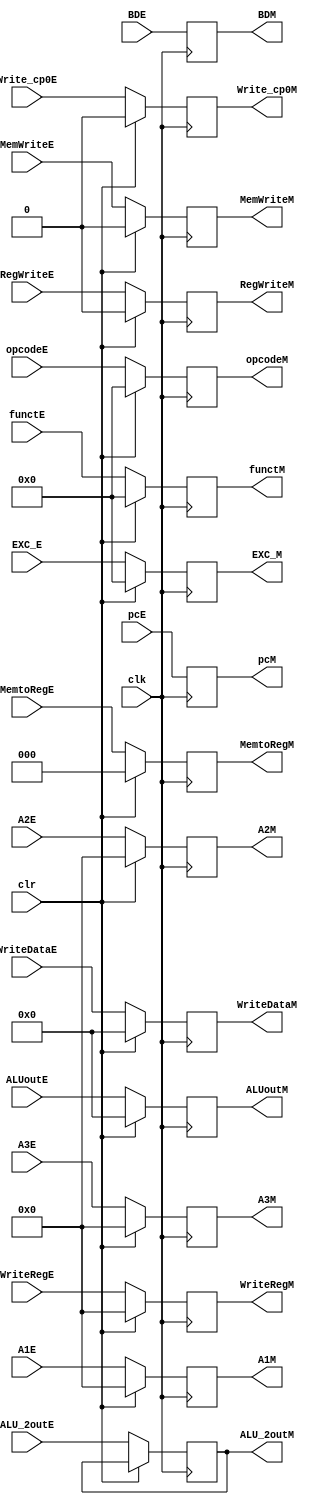
`timescale 1ns / 1ps
//////////////////////////////////////////////////////////////////////////////////
// Company: 
// Engineer: 
// 
// Design Name: 
// Module Name:    MReg 
// Project Name: 
// Target Devices: 
// Tool versions: 
// Description: 
//
// Dependencies: 
//
// Revision: 
// Revision 0.01 - File Created
// Additional Comments: 
//
//////////////////////////////////////////////////////////////////////////////////
module MReg(clk,WriteDataE,WriteRegE,MemtoRegE,RegWriteE,MemWriteE,opcodeE,functE,pcE,ALUoutE,A2E,ALU_2outE,
				WriteDataM,WriteRegM,MemtoRegM,RegWriteM,MemWriteM,opcodeM,functM,pcM,ALUoutM,A2M,ALU_2outM,EXC_E,EXC_M,
				Write_cp0E,Write_cp0M,A3E,A3M,clr,A1E,A1M,BDE,BDM);
		input clk;
		input [4:0]A2E;
		input [31:0] WriteDataE;
		input [4:0] WriteRegE;
		input [2:0] MemtoRegE;
		input RegWriteE,MemWriteE;
		input [5:0] opcodeE,functE;
		input [31:0] pcE;
		input [31:0] ALUoutE,ALU_2outE;
		input [5:0] EXC_E;
		input Write_cp0E;
		input clr,BDE;
		input [4:0] A3E,A1E;
		
		output reg [31:0] WriteDataM;
		output reg [4:0] WriteRegM;
		output reg [2:0] MemtoRegM;
		output reg RegWriteM,MemWriteM;
		output reg [5:0] opcodeM,functM;
		output reg [31:0] pcM,ALUoutM,ALU_2outM;
		output reg [4:0] A2M;
		output reg [5:0] EXC_M;
		output reg Write_cp0M,BDM;
		output reg [4:0] A3M,A1M;
		
		
		always@(posedge clk) begin
		if(clr==1) begin
			WriteDataM<=0;
			WriteRegM<=0;
			MemtoRegM<=0;
			RegWriteM<=0;
			MemWriteM<=0;
			opcodeM<=0;
			functM<=0;
			pcM<=pcE;
			ALUoutM<=0;
			A2M<=0;
			EXC_M<=0;
			Write_cp0M<=0;
			A3M<=0;
			A1M<=0;
			BDM<=BDE;
		end
		else if(clr==0)begin
			WriteDataM<=WriteDataE;
			WriteRegM<=WriteRegE;
			MemtoRegM<=MemtoRegE;
			RegWriteM<=RegWriteE;
			MemWriteM<=MemWriteE;
			opcodeM<=opcodeE;
			functM<=functE;
			pcM<=pcE;
			ALUoutM<=ALUoutE;
			A2M<=A2E;
			A3M<=A3E;
			ALU_2outM<=ALU_2outE;
			EXC_M<=EXC_E;
			Write_cp0M<=Write_cp0E;
			A1M<=A1E;
			BDM<=BDE;
			end
		end

endmodule